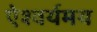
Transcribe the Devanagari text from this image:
ऐश्वर्यमय